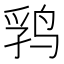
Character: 𱉺